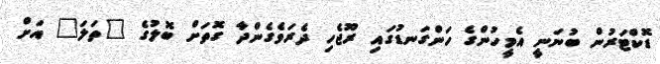
ޑޮކްޓަރުން ބުނަނީ އެމީހުންގެ ހަންގަނޑުގައި ރޫޖެހި ދެރަވެގެންދާ ގޮތަށް ބޮލުގެ "ތަލަ" އަށް